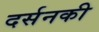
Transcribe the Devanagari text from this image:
दर्सनकी